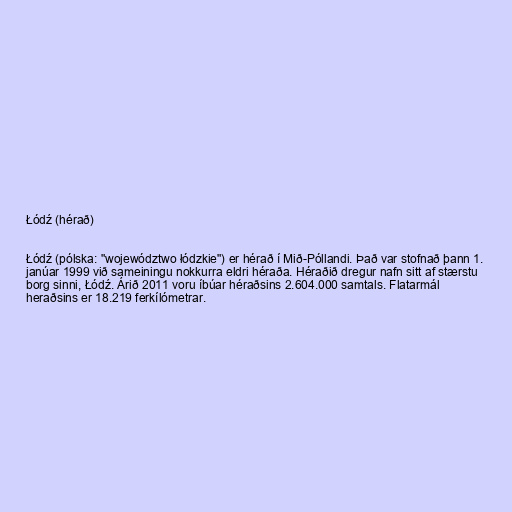
Łódź (hérað)

Łódź (pólska: "województwo łódzkie") er hérað í Mið-Póllandi. Það var stofnað þann 1.
janúar 1999 við sameiningu nokkurra eldri héraða. Héraðið dregur nafn sitt af stærstu
borg sinni, Łódź. Árið 2011 voru íbúar héraðsins 2.604.000 samtals. Flatarmál
heraðsins er 18.219 ferkílómetrar.